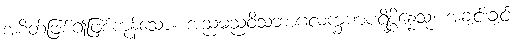
အစိတ်ဖြစ်၍ဖြစ်ကုန်သော။ အညမညဝိသဘာဂလက္ခဏပရိစ္ဆိန္နေသု၊ အချင်းချင်း